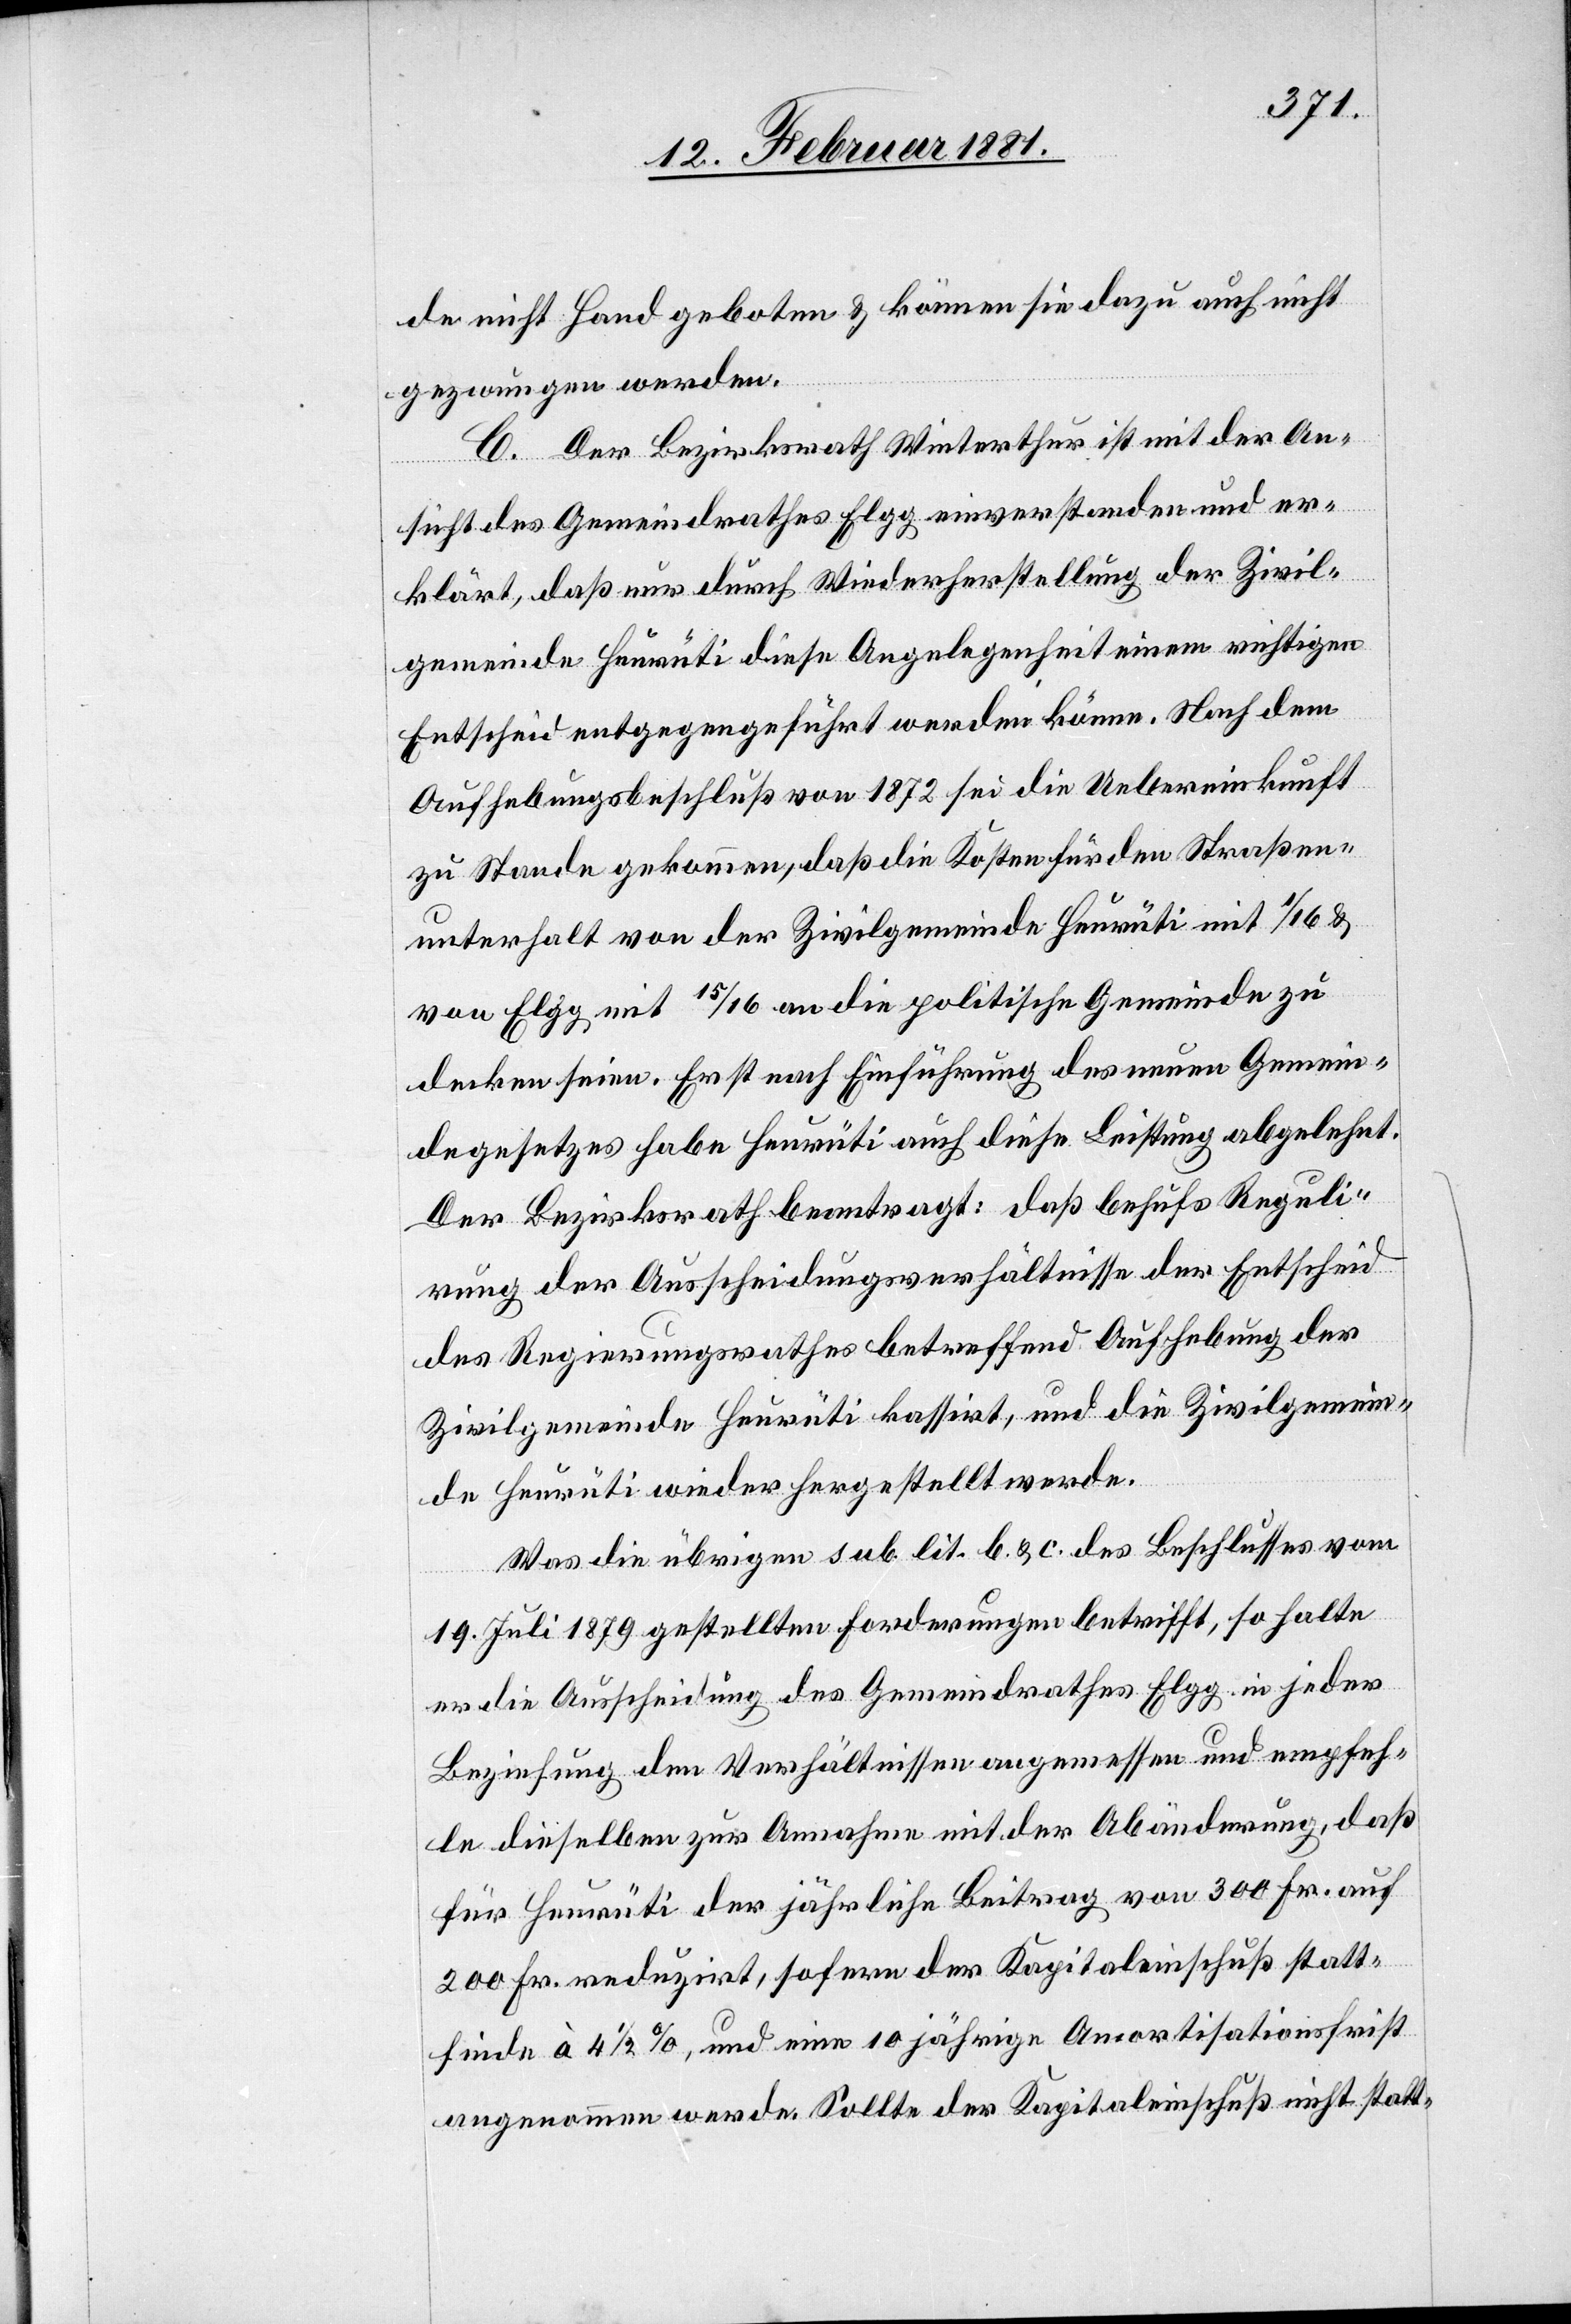
de nicht Hand geboten & können sie dazu auch nicht
gezwungen werden.
C. Der Bezirksrath Winterthur ist mit der An¬
sicht des Gemeindrathes Elgg einverstanden und er¬
klärt, daß nur durch Wiederherstellung der Zivil¬
gemeinde Heurüti diese Angelegenheit einem richtigen
Entscheid entgegen geführt werden könne. Nach dem
Aufhebungsbeschluß von 1872 sei die Uebereinkunft
zu Stande gekommen, daß die Kosten für den Straßen¬
unterhalt von der Zivilgemeinde Heurüti mit 1/16 &
von Elgg mit 15/16 an die politische Gemeinde zu
decken seien. Erst mit nach Einführung des neuen Gemein¬
degesetzes habe Heurüti auch diese Leistung abgelehnt.
Der Bezirksrath beantragt: daß behufs Reguli¬
rung der Ausscheidungsverhältnisse der Entscheid
des Regierungsrathes betreffend Aufhebung der
Zivilgemeinde Heurüti kassirt, und die Zivilgemein¬
de Heurüti wieder hergestellt werde.
Was die übrigen sub. lit. b & c. des Beschlusses vom
19. Juli 1879 gestellten Forderungen betrifft, so halte
er die Ausscheidung des Gemeindrathes Elgg in jeder
Beziehung den Verhältnissen angemessen und empfeh¬
le dieselben zur Annahme mit der Abänderung, daß
für Heurüti der jährliche Beitrag von 300 Fr. auf
200 Fr. reduzirt, sofern der Kapitaleinschuß statt¬
finde à 4 1/2%, und eine 10 jährige Amortisationsfrist
angenommen werde. Sollte der Kapitaleinschuß nicht statt-